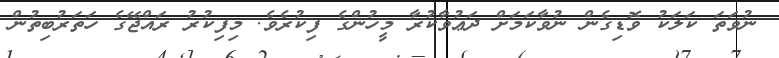
ނުވަތަ ކަލަކު ވޮޑިގެން ނުވާކަމަށް ދަޢުވާކުރާ މީހުންގެ ފިކުރެވެ. މިފިކުރު ރައްޖޭގެ ހަތަރުބިތުން